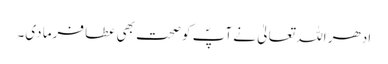
ادھر اللہ تعالیٰ نے آپؐ کو صحت بھی عطا فرما دی۔